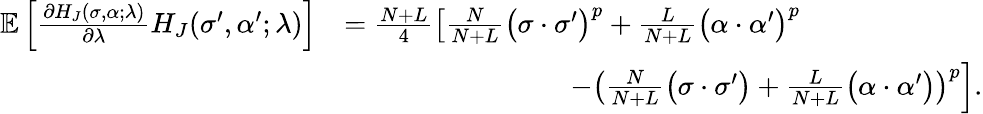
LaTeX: \begin{array}{rl}{\mathbb{E}\left[\frac{\partial H_{J}(\sigma,\alpha;\lambda)}{\partial\lambda}H_{J}(\sigma^{\prime},\alpha^{\prime};\lambda)\right]}&{=\frac{N+L}{4}\left[\frac{N}{N+L}\big(\sigma\cdot\sigma^{\prime}\big)^{p}+\frac{L}{N+L}\big(\alpha\cdot\alpha^{\prime}\big)^{p}\right.}\\ &{\qquad\qquad\qquad\qquad\left.-\left(\frac{N}{N+L}\big(\sigma\cdot\sigma^{\prime}\big)+\frac{L}{N+L}\big(\alpha\cdot\alpha^{\prime}\big)\right)^{p}\right].}\end{array}